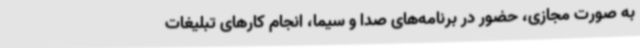
به صورت مجازی، حضور در برنامه‌های صدا و سیما، انجام کارهای تبلیغات